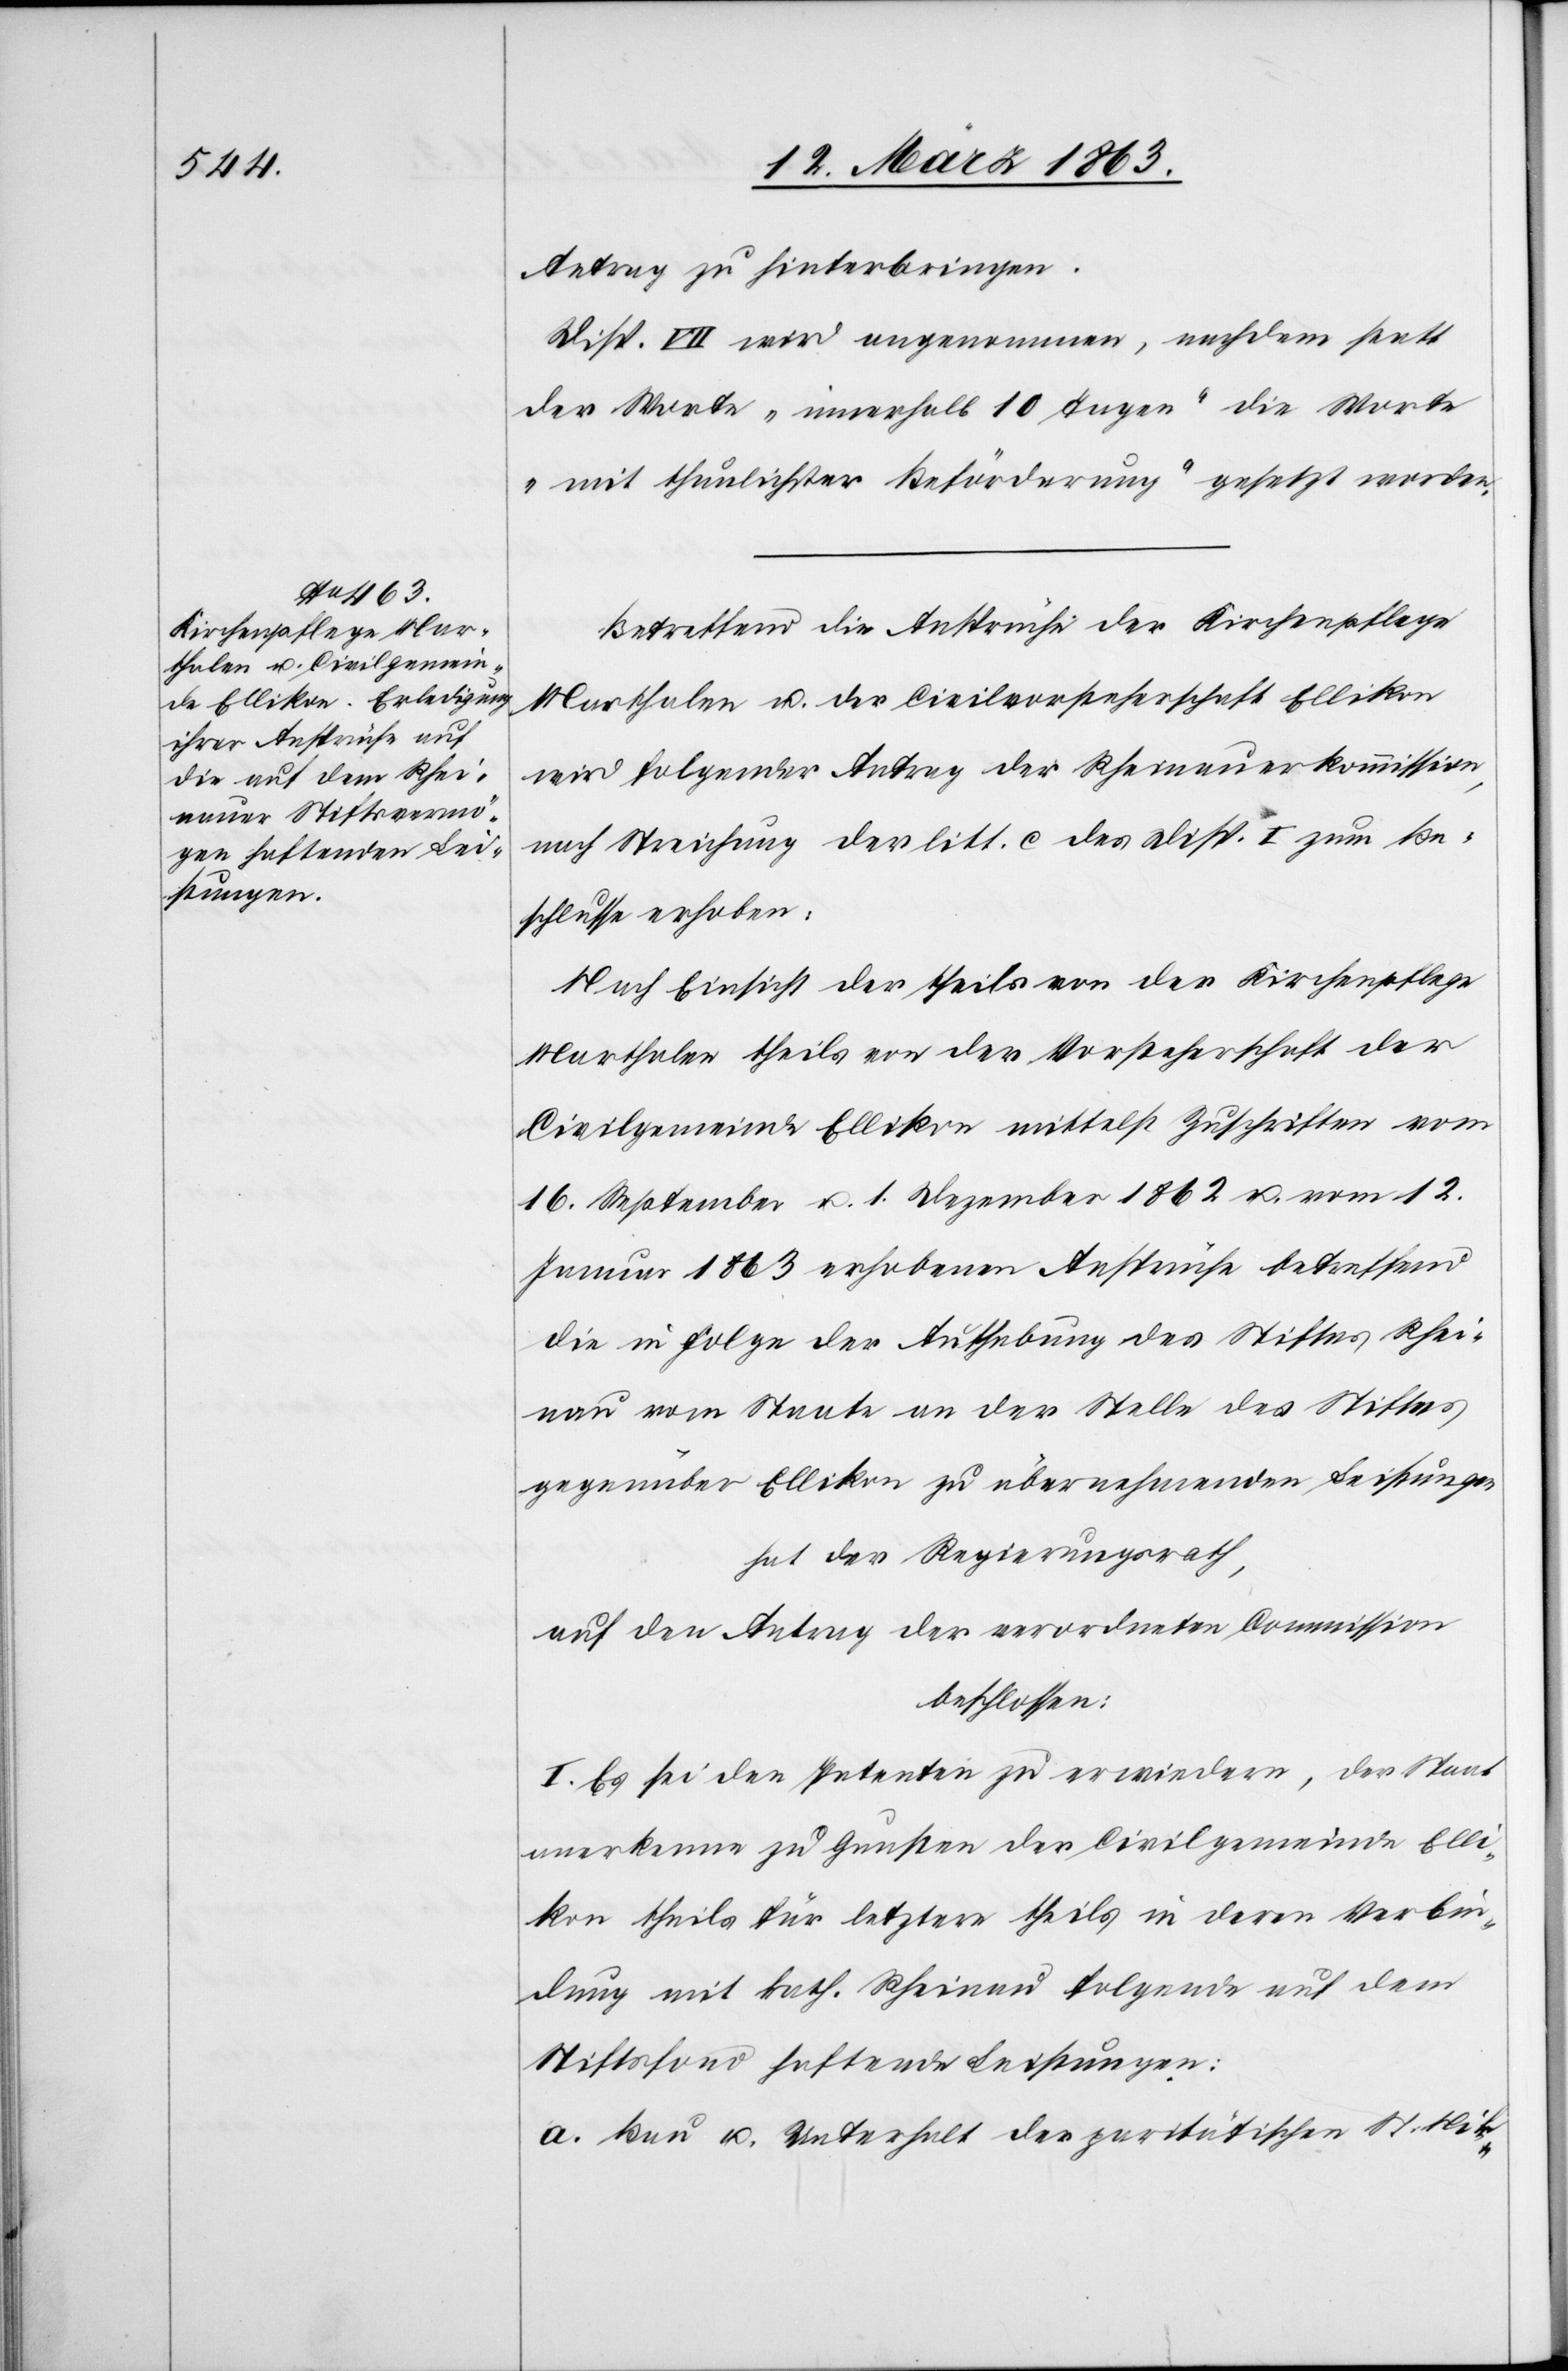
Antrag zu hinterbringen.
Disp. VII wird angenommen, nachdem statt
der Worte „innerhalb 10 Tagen“ die Worte
„mit thunlichster Beförderung“ gesetzt worden.
Betreffend die Ansprüche der Kirchenpflege
Marthalen u. der Civilvorsteherschaft Ellikon
wird folgender Antrag der Rheinauerkommission,
nach Streichung der litt. c des Disp. I zum Be¬
schlusse erhoben:
Nach Einsicht der theils von der Kirchenpflege
Marthalen theils von der Vorsteherschaft der
Civilgemeinde Ellikon mittelst Zuschriften vom
16. September u. 1. Dezember 1862 u. vom 12.
Januar 1863 erhobenen Ansprüche betreffend
die in Folge der Aufhebung des Stiftes Rhei¬
nau vom Staate an der Stelle des Stiftes
gegenüber Ellikon zu übernehmenden Leistungen
hat der Regierungsrath,
auf den Antrag der verordneten Commission
beschlossen:
I. Es sei den Petenten zu erwiedern, der Staat
anerkenne zu Gunsten der Civilgemeinde Elli¬
kon theils für letztere theils in deren Verbin¬
dung mit kath. Rheinau folgende auf dem
Stiftsfond haftende Leistungen:
a. Bau u. Unterhalt der paritätischen St. Nik-